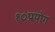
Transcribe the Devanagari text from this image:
१०प्रयोग